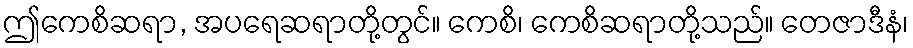
ဤကေစိဆရာ, အပရေဆရာတို့တွင်။ ကေစိ၊ ကေစိဆရာတို့သည်။ တေဇာဒီနံ၊